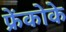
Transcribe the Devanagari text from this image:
फ्रेंकोके